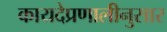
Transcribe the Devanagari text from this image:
कायदेप्रणालीनुसार